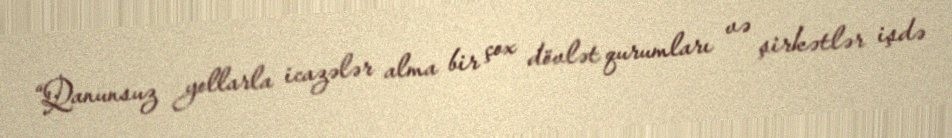
“Qanunsuz yollarla icazələr alma bir çox dövlət qurumları və şirkətlər işdə